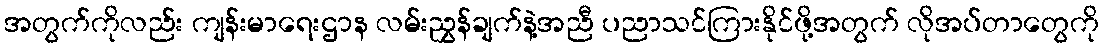
အတွက်ကိုလည်း ကျန်းမာရေးဌာန လမ်းညွှန်ချက်နဲ့အညီ ပညာသင်ကြားနိုင်ဖို့အတွက် လိုအပ်တာတွေကို